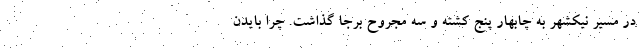
در مسیر نیکشهر به چابهار پنج کشته و سه مجروح برجا گذاشت. چرا بایدن